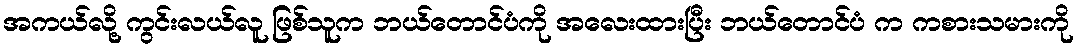
အကယ်လို့ ကွင်းလယ်လူ ဖြစ်သူက ဘယ်တောင်ပံကို အလေးထားပြီး ဘယ်တောင်ပံ က ကစားသမားကို